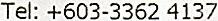
TEL: +603-3362 4137